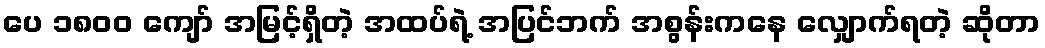
ပေ ၁၈၀၀ ကျော် အမြင့်ရှိတဲ့ အထပ်ရဲ့ အပြင်ဘက် အစွန်းကနေ လျှောက်ရတဲ့ ဆိုတာ